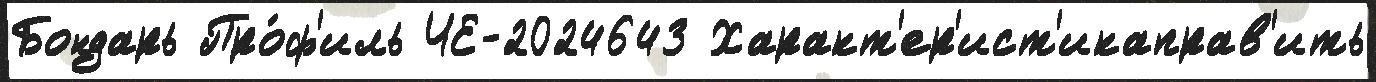
Бондарь Про́ф'иль ЧЕ-2024643 Характ'ер'ист'икаправ'ить